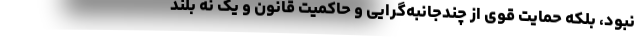
نبود، بلکه حمایت قوی از چندجانبه‌گرایی و حاکمیت قانون و یک نه بلند